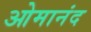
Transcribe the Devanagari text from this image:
ओमानंद